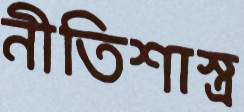
নীতিশাস্ত্র